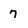
Character: 7